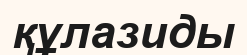
құлазиды